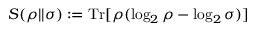
S ( \rho | | \sigma ) : = \mathrm { T r } [ \rho ( \log _ { 2 } \rho - \log _ { 2 } \sigma ) ]